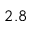
2 . 8